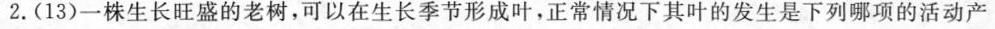
2.(13)一株生长旺盛的老树，可以在生长季节形成叶，正常情况下其叶的发生是下列哪项的活动产